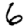
Digit: 6